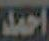
احمد